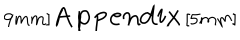
9 m m ] { \Large \bf A p p e n d i x } \, [ 5 m m ]